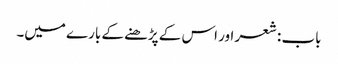
باب : شعر اور اس کے پڑھنے کے بارے میں۔